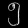
Digit: ၅